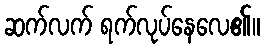
ဆက်လက် ရက်လုပ်နေလေ၏။